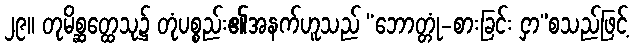
၂၉။ တုမိစ္ဆတ္ထေသု၌ တုံပစ္စည်း၏အနက်ဟူသည် “ဘောတ္တုံ-စားခြင်း ငှာ”စသည်ဖြင့်